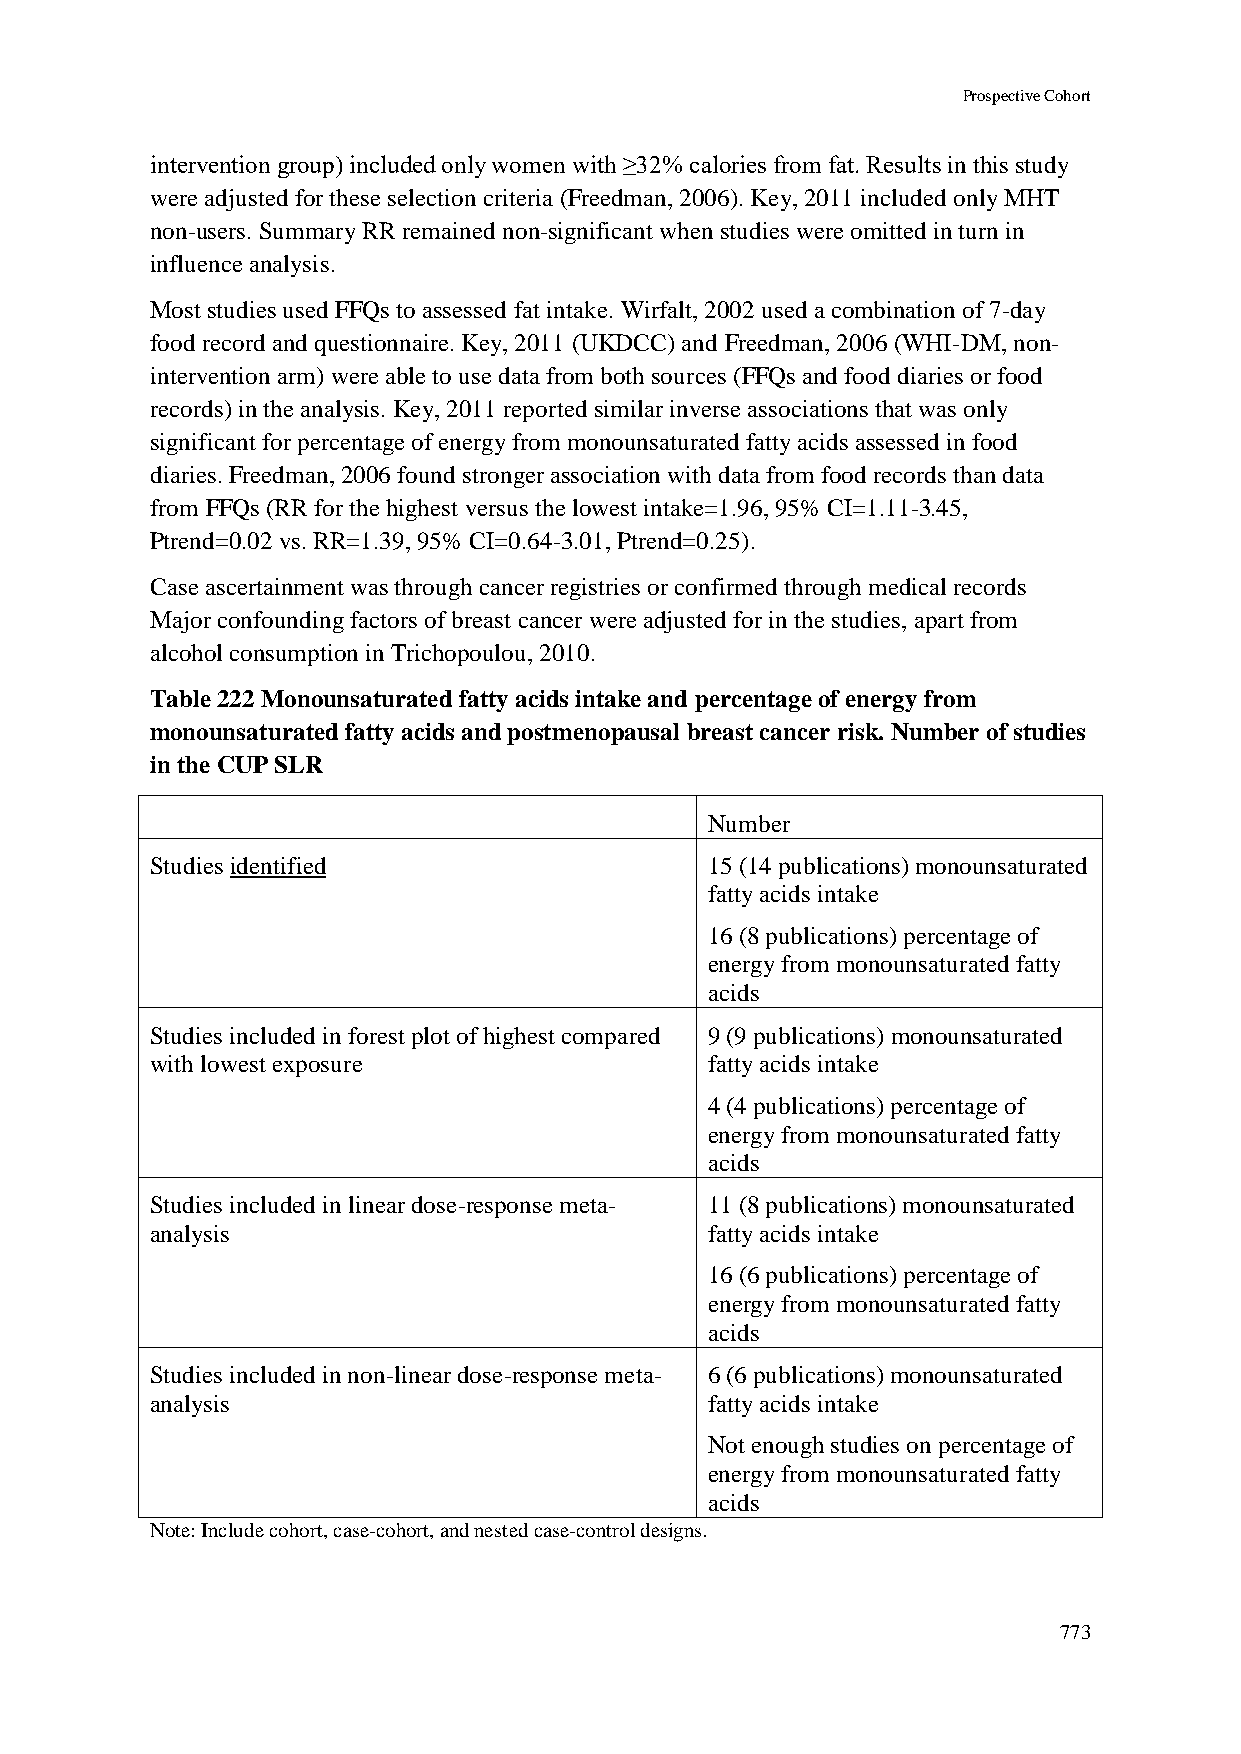
Prospective Cohort
 intervention group) included only women with ≥32% calories from fat. Results in this study
 were adjusted for these selection criteria (Freedman, 2006). Key, 2011 included only MHT
 non-users. Summary RR remained non-significant when studies were omitted in turn in
 influence analysis.
 Most studies used FFQs to assessed fat intake. Wirfalt, 2002 used a combination of 7-day
 food record and questionnaire. Key, 2011 (UKDCC) and Freedman, 2006 (WHI-DM, non-
 intervention arm) were able to use data from both sources (FFQs and food diaries or food
 records) in the analysis. Key, 2011 reported similar inverse associations that was only
 significant for percentage of energy from monounsaturated fatty acids assessed in food
 diaries. Freedman, 2006 found stronger association with data from food records than data
 from FFQs (RR for the highest versus the lowest intake=1.96, 95% CI=1.11-3.45,
 Ptrend=0.02 vs. RR=1.39, 95% CI=0.64-3.01, Ptrend=0.25).
 Case ascertainment was through cancer registries or confirmed through medical records
 Major confounding factors of breast cancer were adjusted for in the studies, apart from
 alcohol consumption in Trichopoulou, 2010.
 Table 222 Monounsaturated fatty acids intake and percentage of energy from
 monounsaturated fatty acids and postmenopausal breast cancer risk. Number of studies
 in the CUP SLR
 Number
 Studies identified                   15 (14 publications) monounsaturated
 fatty acids intake
 16 (8 publications) percentage of
 energy from monounsaturated fatty
 acids
 Studies included in forest plot of highest compared 9 (9 publications) monounsaturated
 with lowest exposure                 fatty acids intake
 4 (4 publications) percentage of
 energy from monounsaturated fatty
 acids
 Studies included in linear dose-response meta- 11 (8 publications) monounsaturated
 analysis                             fatty acids intake
 16 (6 publications) percentage of
 energy from monounsaturated fatty
 acids
 Studies included in non-linear dose-response meta- 6 (6 publications) monounsaturated
 analysis                             fatty acids intake
 Not enough studies on percentage of
 energy from monounsaturated fatty
 acids
 Note: Include cohort, case-cohort, and nested case-control designs.
 773